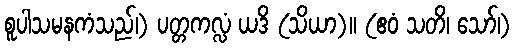
စူပါသမနကံသည်၊) ပတ္တကလ္လံ ယဒိ (သိယာ)။ (ဧဝံ သတိ၊ သော်၊)